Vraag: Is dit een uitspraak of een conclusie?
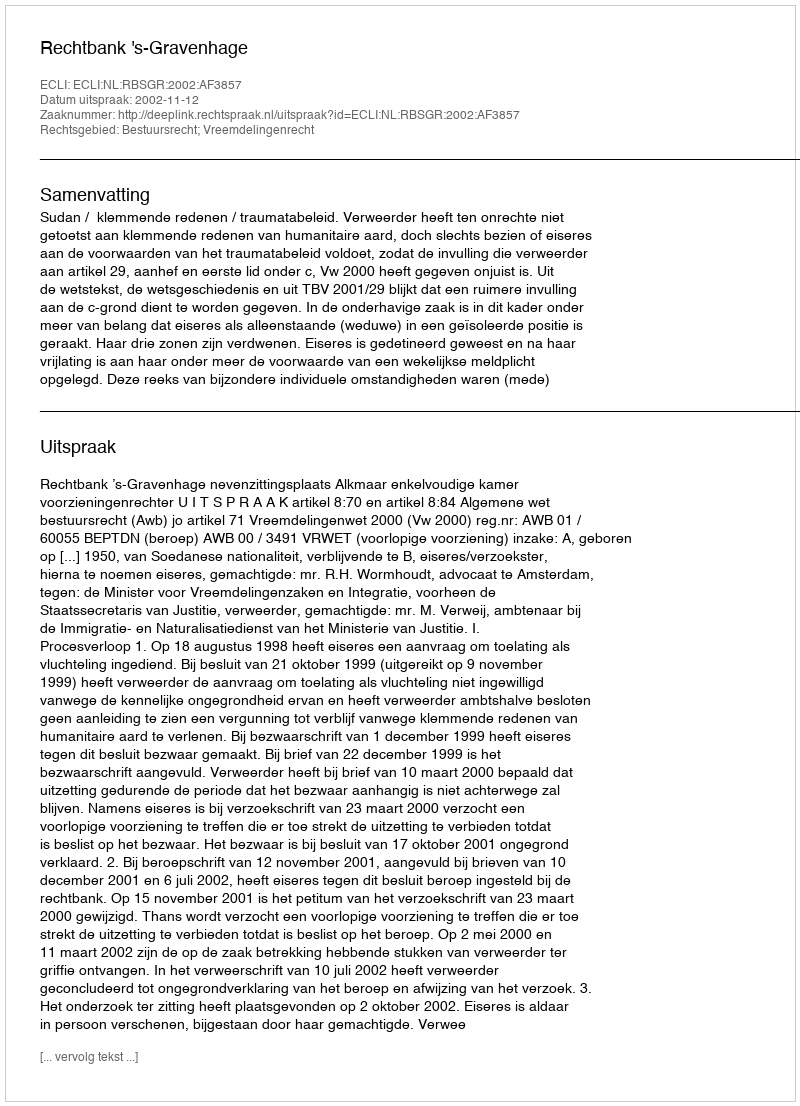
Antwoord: Uitspraak